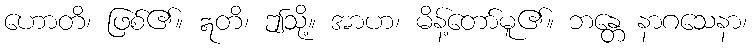
ဟောတိ၊ ဖြစ်၏။ ဣတိ၊ ဤသို့။ အာဟ၊ မိန့်တော်မူ၏။ ဘန္တေ နာဂသေနာ၊